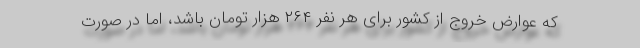
که عوارض خروج از کشور برای هر نفر ۲۶۴ هزار تومان باشد، اما در صورت